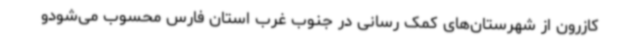
کازرون از شهرستان‌های کمک رسانی در جنوب غرب استان فارس محسوب می‌شودو